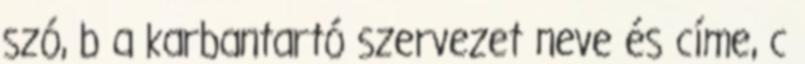
szó, b a karbantartó szervezet neve és címe, c